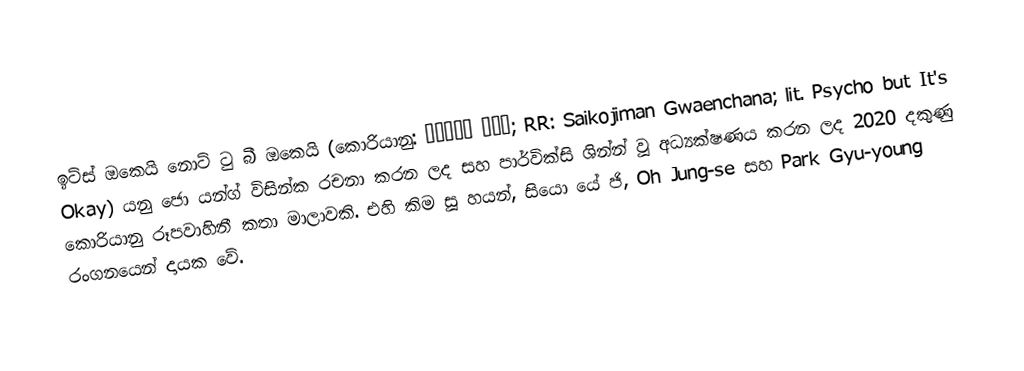
ඉට්ස් ඔකෙයි නොට් ටු බී ඔකෙයි (කොරියානු: 사이코지만 괜찮아; RR: Saikojiman Gwaenchana; lit. Psycho but It's Okay) යනු ජො යන්ග් විසින්ක රචනා කරන ලද සහ පාර්වික්සි ශින්න් වූ අධ්‍යක්ෂණය කරන ලද 2020 දකුණු කොරියානු රූපවාහිනී කතා මාලාවකි. එහි කිම සූ හයන්, සියො යේ ජි, Oh Jung-se සහ Park Gyu-young රංගනයෙන් දායක වේ.